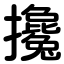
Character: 攙